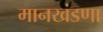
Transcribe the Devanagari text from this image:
मानखंडणा